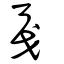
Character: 戛